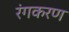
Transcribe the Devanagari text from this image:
रंगकरण